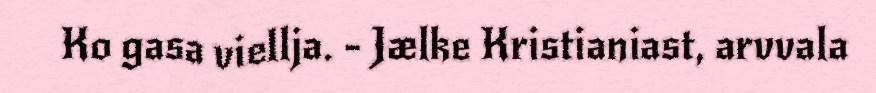
Ko gasa viellja. - Jælke Kristianiast, arvvala